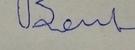
Signature authenticity: forged